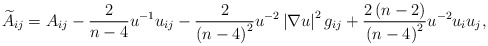
\begin{align*}\widetilde{A}_{ij}=A_{ij}-\frac{2}{n-4}u^{-1}u_{ij}-\frac{2}{\left(n-4\right) ^{2}}u^{-2}\left\vert \nabla u\right\vert ^{2}g_{ij}+\frac{2\left( n-2\right) }{\left( n-4\right) ^{2}}u^{-2}u_{i}u_{j}, \end{align*}